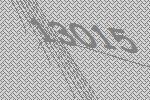
13015